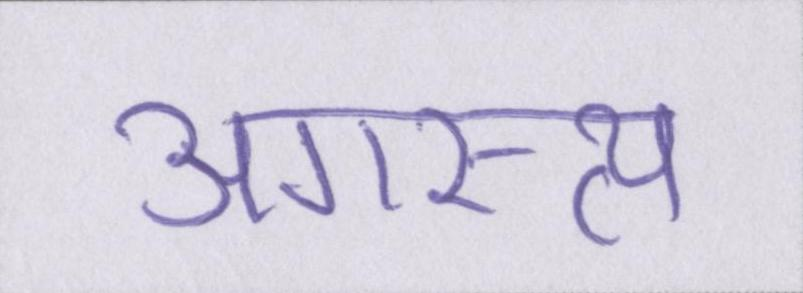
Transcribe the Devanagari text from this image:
अगस्त्य